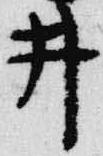
井